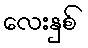
လေးနှစ်